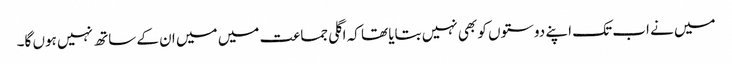
میں نے اب تک اپنے دوستوں کو بھی نہیں بتایا تھا کہ اگلی جماعت میں میں ان کے ساتھ نہیں ہوں گا۔